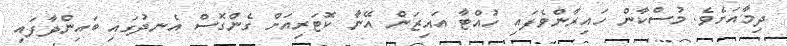
ދިމާއަށެވެ. މުސްކާން ހައިރާންވެފައި ހުއްޓާ އައިޒަން އޭނާ ކޮޓަރިއަށް ގެންގޮސް އެނދުގައި ބައިންދާފައި